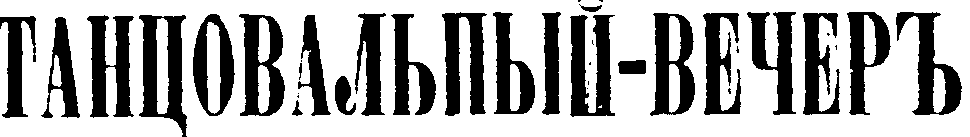
ТАНЦОВАЛЬПЫЙ-ВЕЧЕРЪ